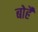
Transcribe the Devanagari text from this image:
बोहै